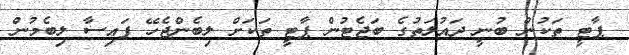
ޕާޓީ ތަކުން ބުނީ ދައުލަތުގެ ބަޖެޓުން ޕާޓީ ތަކަށް ލިބެންޖެހޭ ފައިސާ ލިބެމުން